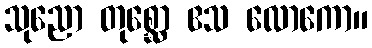
သုညော တုစ္ဆော ဧသ လောကော။